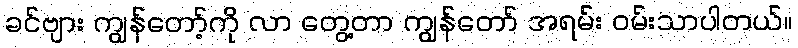
ခင်ဗျား ကျွန်တော့်ကို လာ တွေ့တာ ကျွန်တော် အရမ်း ဝမ်းသာပါတယ်။